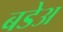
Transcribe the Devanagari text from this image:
बडेअ